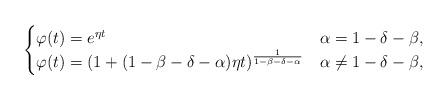
LaTeX: \begin{align*}\begin{cases}\varphi(t)=e^{\eta t} &\alpha=1-\delta-\beta,\\\varphi(t)=(1+(1-\beta-\delta-\alpha)\eta t)^{\frac{1}{1-\beta-\delta-\alpha}} &\alpha\not=1-\delta-\beta,\end{cases}\end{align*}